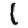
Digit: 1